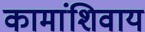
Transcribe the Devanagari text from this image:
कामांशिवाय